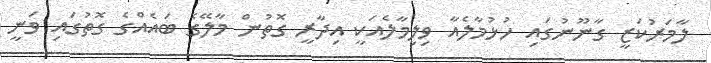
ލާމަރުކަޒީ ގާނޫނުގައި ހުޅުމާލެއާ ވިލިމާލެއަކީ އިދާރީ ގޮތުން މާލޭގެ ބައެއްގެ ގޮތުގައި ވަނީ